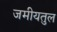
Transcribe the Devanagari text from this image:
जमीयतुल